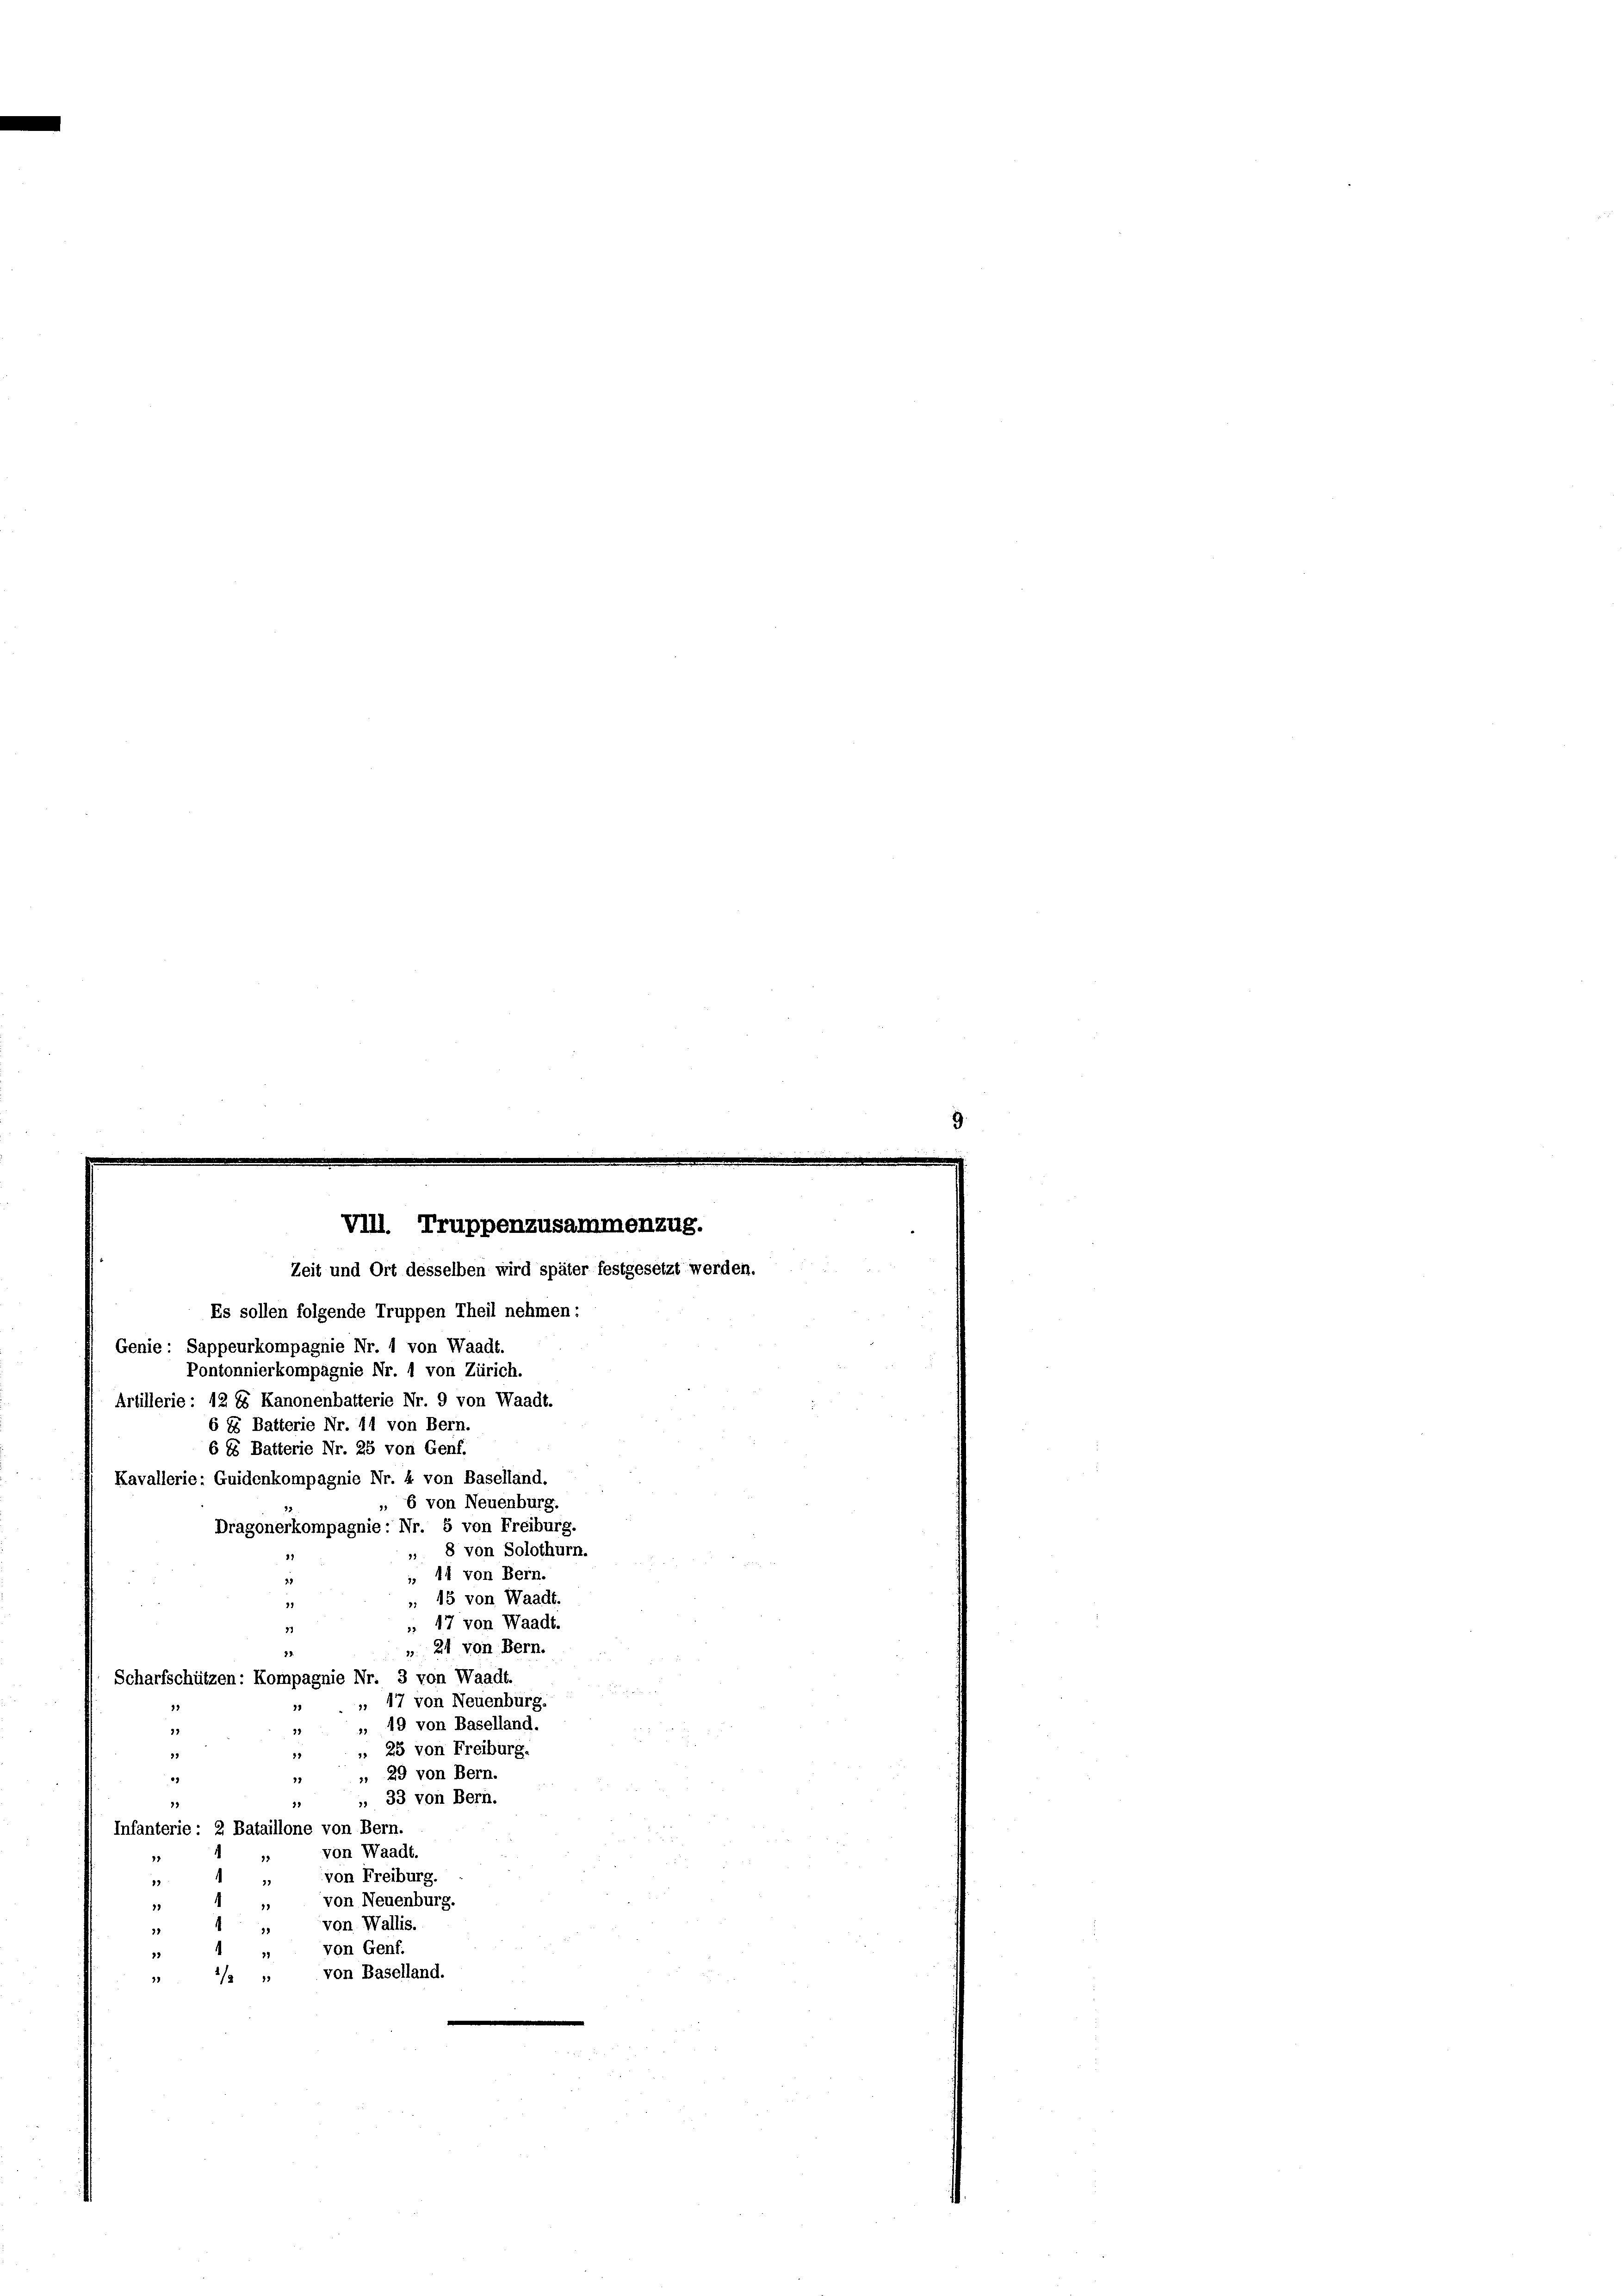
VIII. Truppenzusammenzug.
Zeit und Ort desselben wird später festgesetzt werden.

Es sollen folgende Truppen Theil nehmen:
Genie Sappeurkompagnie Nr. 1 von Waadt.
Pontonnierkompagnie Nr. 1 von Zürich.
Artillerie. 12 ts Kanonenbatterie Nr. 9 von Waadt.
6 8 Batterie Nr. 11 von Bern.
6 6 Batterie Nr. 25 von Genf.
Kavallerie: Guidenkompagnie Nr. 4 von Baselland.
„ 6 von Neuenburg.
Dragonerkompagnie Nr. 5 von Freiburg.
» 8 von Solothurn.
, 14 von Bern.
 15 von Waadt.
 17 von Waadt.
11
„ 24 von Bern.
29.
Scharfschützen: Kompagnie Nr. 3 von Waadt.
17 von Neuenburg.
72
 49 von Baselland.
39
92
 25 von Freiburg.
33
21
 29 von Bern.
1
27
 33 von Bern.
19
1
Infanterie. 2 Bataillone von Bern.
von Waadt.
von Freiburg.
77
13
von Neuenburg
19
von Wallis.
17
von Genf.
23
von Baselland.
21
2/